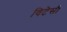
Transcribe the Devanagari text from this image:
विटेसी